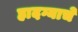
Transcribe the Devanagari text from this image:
हादग्याचे